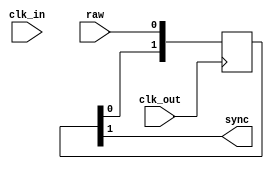
// This program was cloned from: https://github.com/atrac17/Toaplan2
// License: GNU General Public License v3.0

/*  Author: Jose Tejada Gomez. Twitter: @topapate
    Version: 1.0
    Date: 15-4-2022 */

// Enable the LATCHIN parameter if the raw input comes
// from combinational logic

module mister_clksync #(parameter W=1, LATCHIN=0)(
    input   clk_in,
    input   clk_out,
    input   [W-1:0] raw,
    output  [W-1:0] sync
);

reg  [W-1:0] latched;
wire [W-1:0] eff;

always @(posedge clk_in) latched <= raw;
assign eff = LATCHIN ? latched : raw;

generate
    genvar i;
    for( i=0; i<W; i=i+1 ) begin : synchronizer
        reg [1:0] s;
        assign sync[i] = s[1];

        always @(posedge clk_out) begin
            s <= { s[0], eff[i] };
        end
    end
endgenerate

endmodule